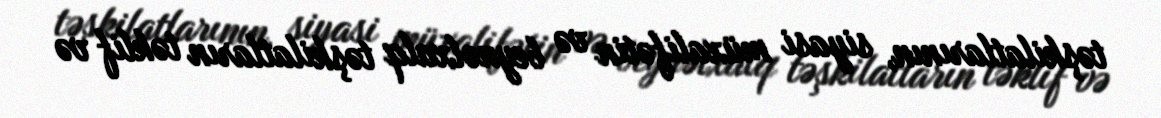
təşkilatlarının, siyasi müxalifətin və beynəlxalq təşkilatların təklif və